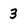
Character: 3